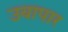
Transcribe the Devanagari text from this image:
उयापार